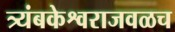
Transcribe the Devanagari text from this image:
त्र्यंबकेश्वराजवळच